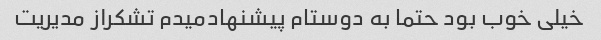
خیلی خوب بود حتما به دوستام پیشنهادمیدم تشکراز مدیریت